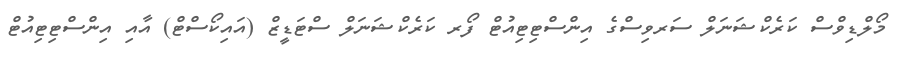
މޯލްޑިވްސް ކަރެކްޝަނަލް ސަރވިސްގެ އިންސްޓިޓިއުޓް ފޯރ ކަރެކްޝަނަލް ސްޓަޑީޒް (އައިކޯސްޓް) އާއި އިންސްޓިޓިއުޓް